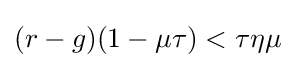
(r-g)(1-\mu \tau )<\tau \eta \mu